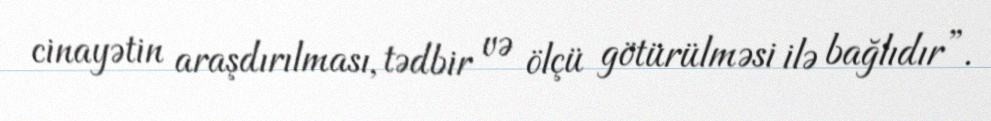
cinayətin araşdırılması, tədbir və ölçü götürülməsi ilə bağlıdır”.